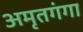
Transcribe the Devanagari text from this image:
अमृतगंगा